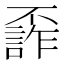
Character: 𠁙